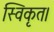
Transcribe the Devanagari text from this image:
स्विकृत।